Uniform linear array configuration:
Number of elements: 12
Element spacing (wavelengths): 0.25
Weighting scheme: cosine
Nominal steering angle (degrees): -60
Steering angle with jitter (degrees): -61.426
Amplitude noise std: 0.05
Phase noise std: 0.05

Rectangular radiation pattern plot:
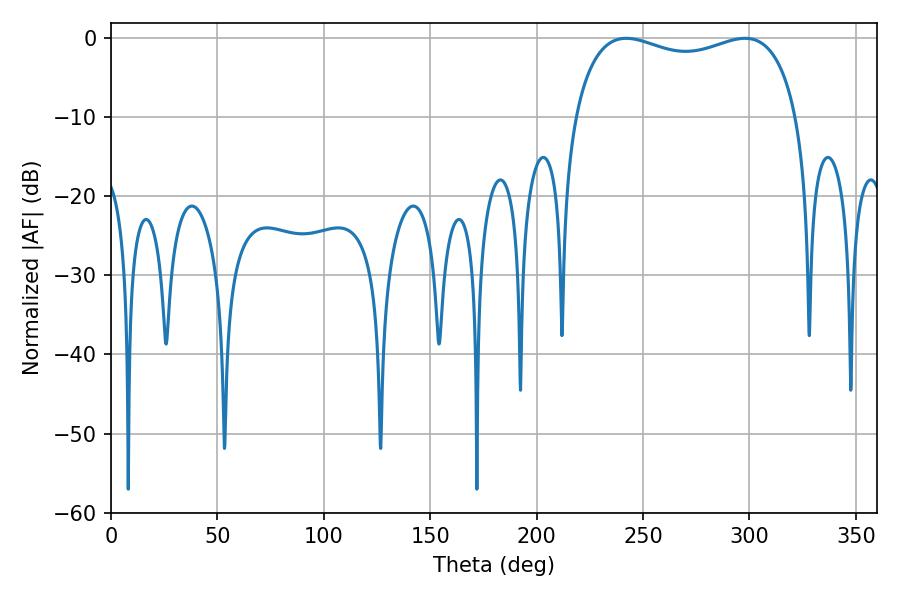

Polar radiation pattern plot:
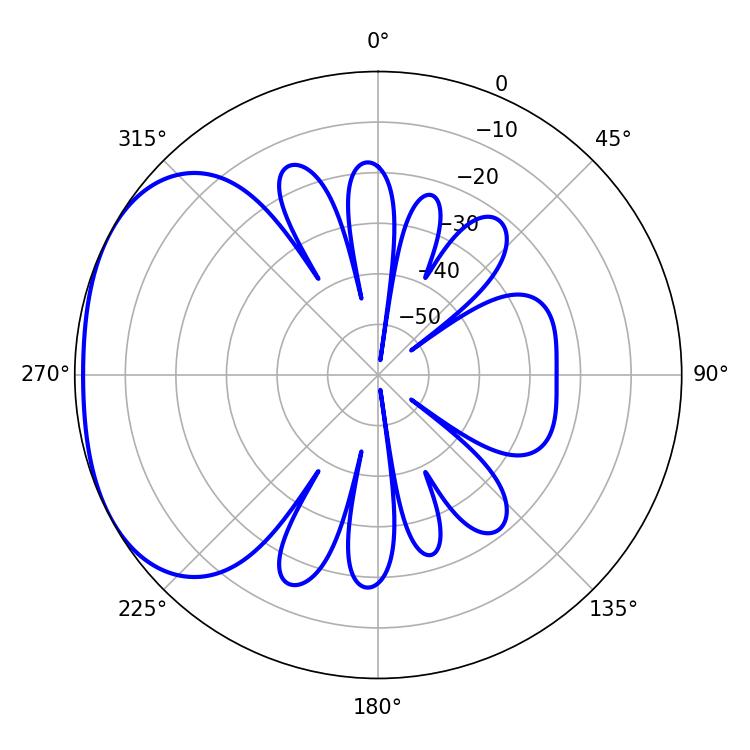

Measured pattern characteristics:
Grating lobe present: FALSE
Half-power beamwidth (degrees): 86.04
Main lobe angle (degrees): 242.1